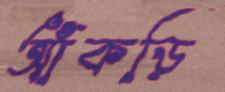
আঁকড়ি